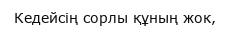
Кедейсің сорлы құның жок,